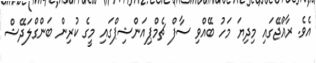
އެވެ. ރާއްޖޭގައި މިދިޔަ މަހު ބޭއްވި ސާފް ޗެމްޕިއަންޝިޕްގައި މީގެ ކުރިން ބަންގްލަދޭޝް